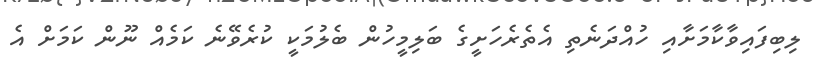
ލިބިފައިވާކާމަށާއި ހުއްދަނެތި އެތެރެހަށީގެ ބަލިމީހުން ބެލުމަކީ ކުރެވޭނެ ކަމެއް ނޫން ކަމަށް އެ